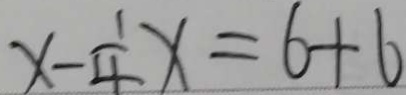
x - \frac { 1 } { 4 } x = 6 + 6